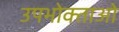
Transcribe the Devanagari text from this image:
उपभोक्‍ताओ